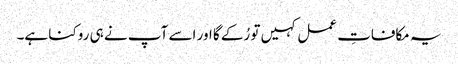
یہ مکافاتِ عمل کہیں تو رُکے گا اور اسے آپ نے ہی روکنا ہے۔